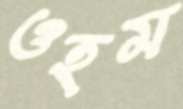
ওহম